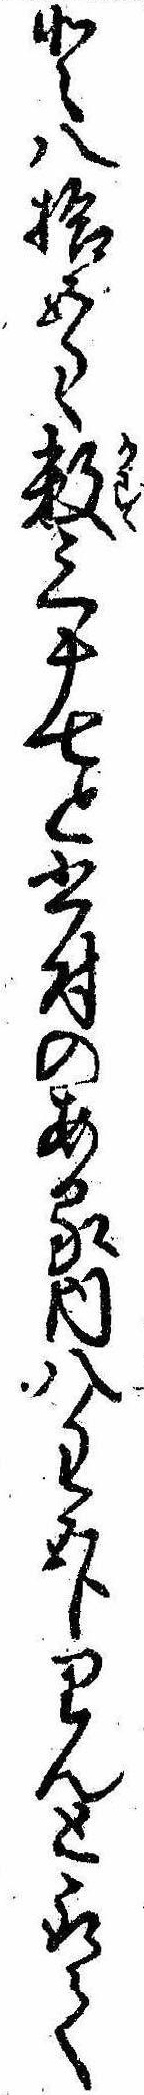
と八拾五匁数三十七と書付のある内八匁五分りんと取て